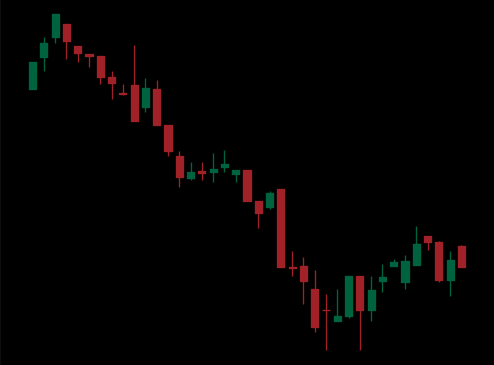
Pattern: bull_flag